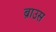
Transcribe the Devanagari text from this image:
ब्राउस